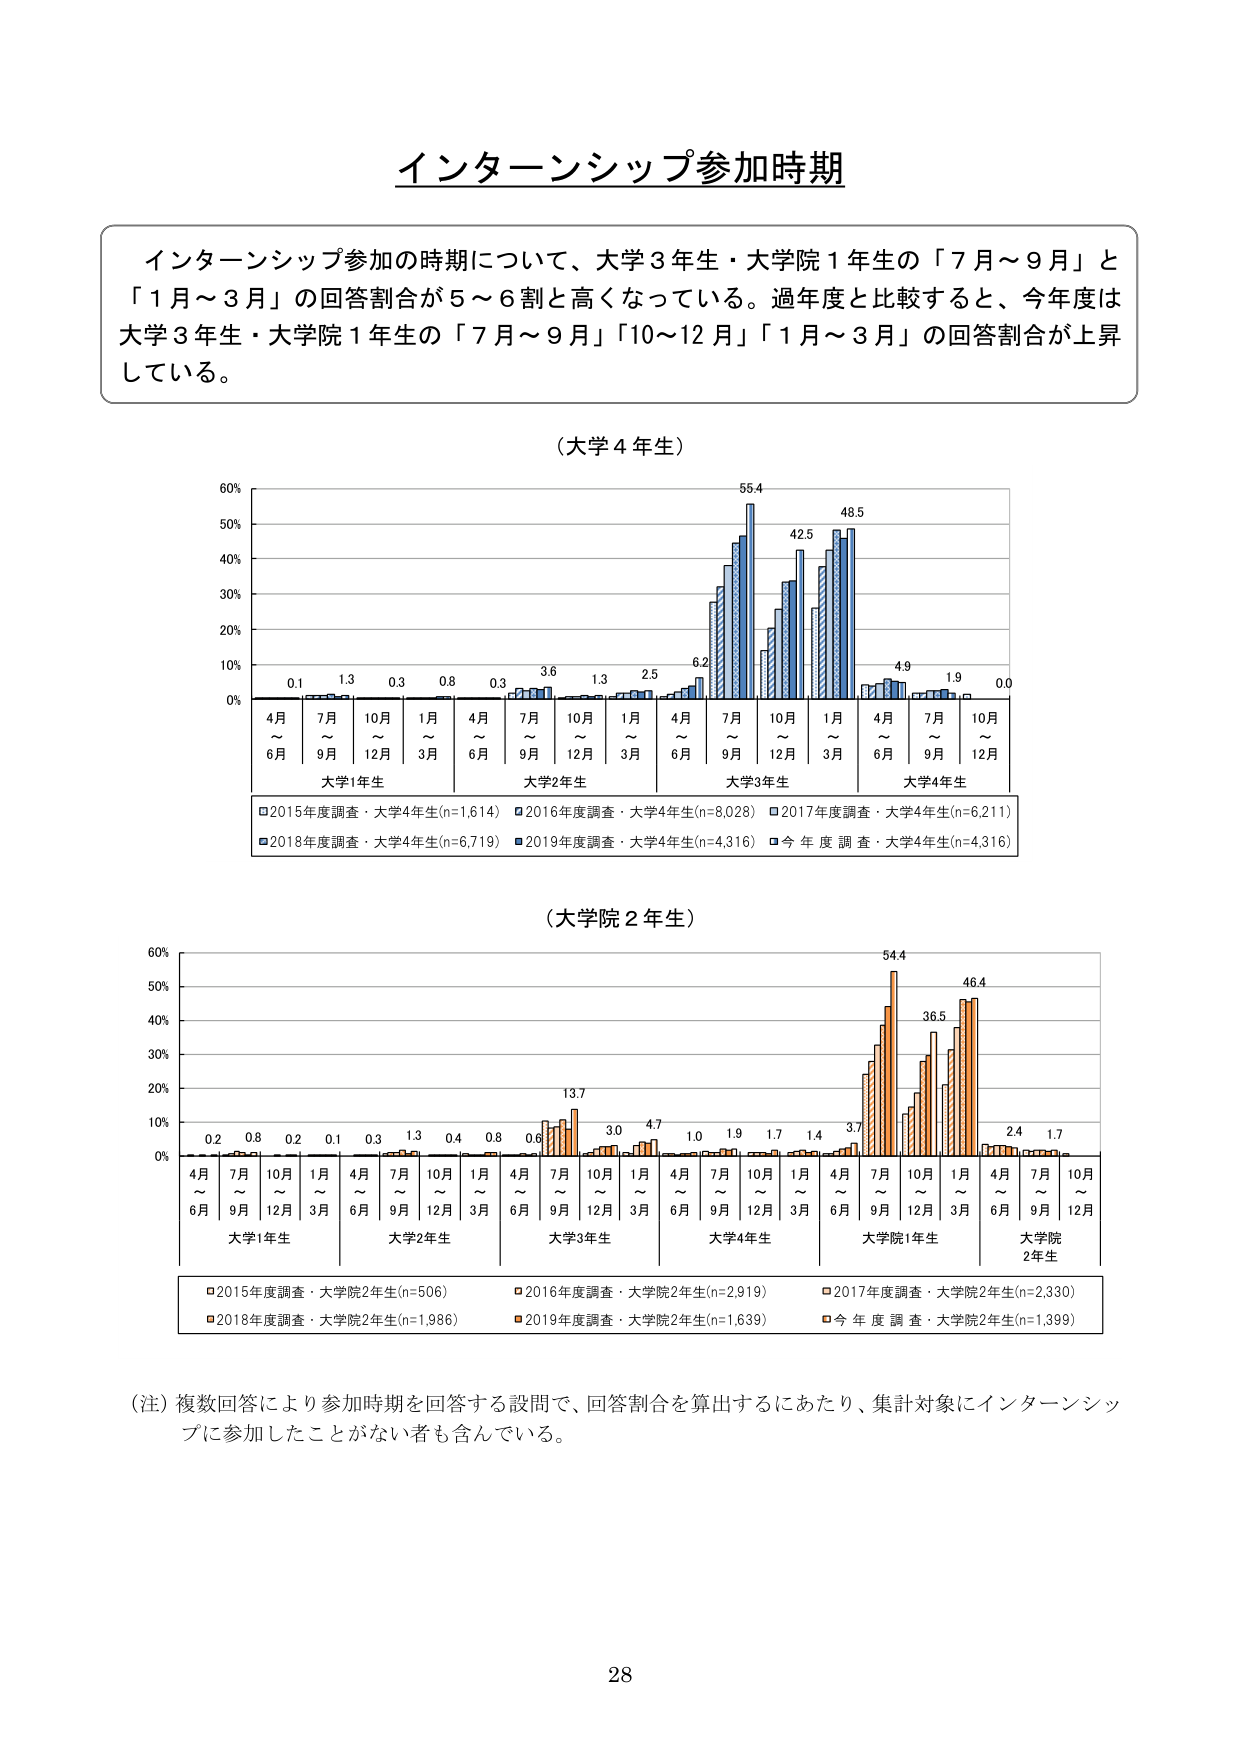
インターンシップ参加時期

インターンシップ参加の時期について、大学3年生・大学院1年生の「7月～9月」と「1月～3月」の回答割合が5～6割と高くなっている。過年度と比較すると、今年度は大学3年生・大学院1年生の「7月～9月」「10～12月」「1月～3月」の回答割合が上昇している。

（大学4年生）

60%
50%
40%
30%
20%
10%
0%

0.1  1.3  0.3  0.8  0.3  3.6  1.3  2.5  6.2  55.4  42.5  48.5  4.9  1.9  0.0

4月～6月  7月～9月  10月～12月  1月～3月  4月～6月  7月～9月  10月～12月  1月～3月  4月～6月  7月～9月  10月～12月  1月～3月  4月～6月  7月～9月  10月～12月

大学1年生  大学2年生  大学3年生  大学4年生

□2015年度調査・大学4年生(n=1,614)  ■2016年度調査・大学4年生(n=8,028)  □2017年度調査・大学4年生(n=6,211)
■2018年度調査・大学4年生(n=6,719)  ■2019年度調査・大学4年生(n=4,316)  □今年度調査・大学4年生(n=4,316)

（大学院2年生）

60%
50%
40%
30%
20%
10%
0%

0.2  0.8  0.2  0.1  0.3  1.3  0.4  0.8  0.6  13.7  3.0  4.7  1.0  1.9  1.7  1.4  3.7  54.4  36.5  46.4  2.4  1.7

4月～6月  7月～9月  10月～12月  1月～3月  4月～6月  7月～9月  10月～12月  1月～3月  4月～6月  7月～9月  10月～12月  1月～3月  4月～6月  7月～9月  10月～12月  1月～3月  4月～6月  7月～9月  10月～12月  1月～3月  4月～6月  7月～9月  10月～12月

大学1年生  大学2年生  大学3年生  大学4年生  大学院1年生  大学院2年生

□2015年度調査・大学院2年生(n=506)  ■2016年度調査・大学院2年生(n=2,919)  □2017年度調査・大学院2年生(n=2,330)
■2018年度調査・大学院2年生(n=1,986)  ■2019年度調査・大学院2年生(n=1,639)  □今年度調査・大学院2年生(n=1,399)

（注）複数回答により参加時期を回答する設問で、回答割合を算出するにあたり、集計対象にインターンシップに参加したことがない者も含んでいる。

28